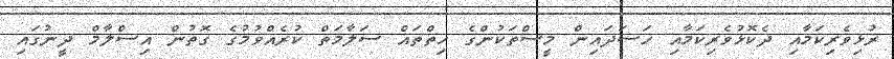
ރުޅިވެރިކަމާއި ދެކޮޅުވެރިކަމާއި ހަސަދައިން މީސްތަކުންގެ ހިތްތައް ސަލާމަތް ކުރެއްވުމުގެ ގޮތުން އިސްލާމް ދީނުގައި